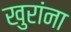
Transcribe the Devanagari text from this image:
खुरांना